Vaccination in Bombay 1863-1868 - 1863-1868
Year: 1863
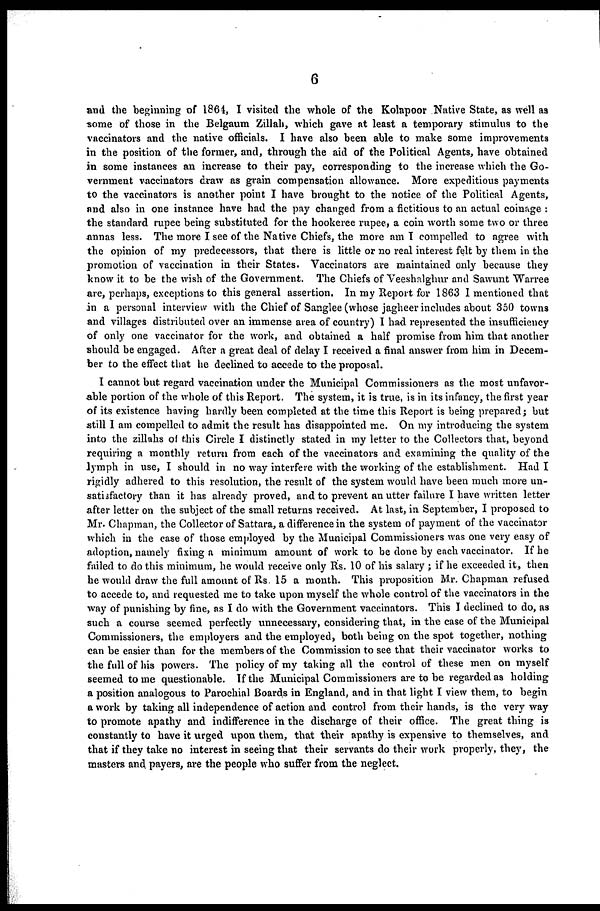
6
and the beginning of 1864, I visited the whole of the Kolapoor Native State, as well as
some of those in the Belgaum Zillah, which gave at least a temporary stimulus to the
vaccinators and the native officials. I have also been able to make some improvements
in the position of the former, and, through the aid of the Political Agents, have obtained
in some instances an increase to their pay, corresponding to the increase which the Go-
vernment vaccinators draw as grain compensation allowance. More expeditious payments
to the vaccinators is another point I have brought to the notice of the Political Agents,
and also in one instance have had the pay changed from a fictitious to an actual coinage :
the standard rupee being substituted for the hookeree rupee, a coin worth some two or three
annas less. The more I see of the Native Chiefs, the more am I compelled to agree with
the opinion of my predecessors, that there is little or no real interest felt by them in the
promotion of vaccination in their States. Vaccinators are maintained only because they
know it to be the wish of the Government. The Chiefs of Veeshalghur and Sawunt Warree
are, perhaps, exceptions to this general assertion. In my Report for 1863 I mentioned that
in a personal interview with the Chief of Sanglee (whose jagheer includes about 350 towns
and villages distributed over an immense area of country) I had represented the insufficiency
of only one vaccinator for the work, and obtained a half promise from him that another
should be engaged. After a great deal of delay I received a final answer from him in Decem-
ber to the effect that he declined to accede to the proposal.
I cannot but regard vaccination under the Municipal Commissioners as the most unfavor-
able portion of the whole of this Report. The system, it is true, is in its infancy, the first year
of its existence having hardly been completed at the time this Report is being prepared; but
still I am compelled to admit the result has disappointed me. On my introducing the system
into the zillahs of this Circle I distinctly stated in my letter to the Collectors that, beyond
requiring a monthly return from each of the vaccinators and examining the quality of the
lymph in use, I should in no way interfere with the working of the establishment. Had I
rigidly adhered to this resolution, the result of the system would have been much more un-
satisfactory than it has already proved, and to prevent an utter failure I have written letter
after letter on the subject of the small returns received. At last, in September, I proposed to
Mr. Chapman, the Collector of Sattara, a difference in the system of payment of the vaccinator
which in the case of those employed by the Municipal Commissioners was one very easy of
adoption, namely fixing a minimum amount of work to be done by each vaccinator. If he
failed to do this minimum, he would receive only Rs. 10 of his salary ; if he exceeded it, then
he would draw the full amount of Rs. 15 a month. This proposition Mr. Chapman refused
to accede to, and requested me to take upon myself the whole control of the vaccinators in the
way of punishing by fine, as I do with the Government vaccinators. This I declined to do, as
such a course seemed perfectly unnecessary, considering that, in the case of the Municipal
Commissioners, the employers and the employed, both being on the spot together, nothing
can be easier than for the members of the Commission to see that their vaccinator works to
the full of his powers. The policy of my taking all the control of these men on myself
seemed to me questionable. If the Municipal Commissioners are to be regarded as holding
a position analogous to Parochial Boards in England, and in that light I view them, to begin
a work by taking all independence of action and control from their hands, is the very way
to promote apathy and indifference in the discharge of their office. The great thing is
constantly to have it urged upon them, that their apathy is expensive to themselves, and
that if they take no interest in seeing that their servants do their work properly, they, the
masters and payers, are the people who suffer from the neglect.